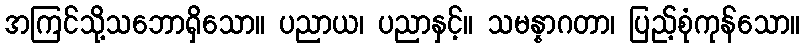
အကြင်သို့သဘောရှိသော။ ပညာယ၊ ပညာနှင့်။ သမန္နာဂတာ၊ ပြည့်စုံကုန်သော။